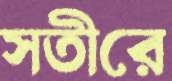
সতীরে